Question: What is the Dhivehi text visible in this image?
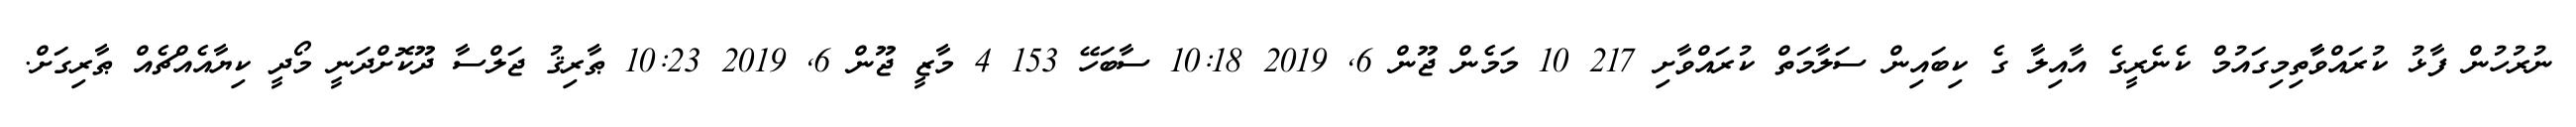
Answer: ނުރުހުން ފާޅު ކުރައްވާާތިމިގައުމް ކެނެރީގެ އާއިލާ ގެ ކިބައިން ސަލާމަތް ކުރައްވާށި 217 10 މަމެން ޖޫން 6, 2019 10:18 ސާބަހޭ 153 4 މާޒީ ޖޫން 6, 2019 10:23 ޠާރިޤު ޖަލްސާ ދޫކޮށްދަނީ މޯދީ ކިޔާއެއްޗެއް ޠާރިގަށް.